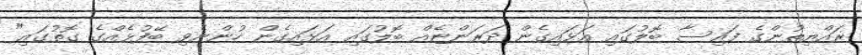
ރައްޔިތުންގެ ފައިސާ ބޮލުގައި އަޅައިގެން ދަރަންޏެއް ބޮލުގައި އަޅައިގެން ހުންނެވި ބޭފުޅެއްގެ ގޮތުގައި"